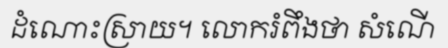
ដំណោះស្រាយ។ លោករំពឹងថា សំណើ